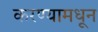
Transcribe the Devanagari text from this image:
करण्यामधून